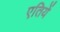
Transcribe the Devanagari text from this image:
एतियें